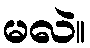
မလဲ။